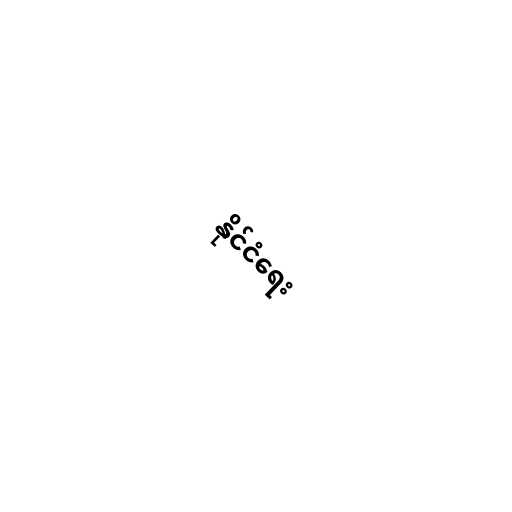
နိုင်ငံရေး